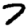
Digit: 7